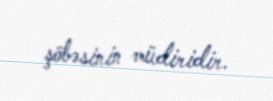
şöbəsinin müdiridir.